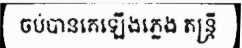
ចប់បានគេឡើងភ្លេង តន្ត្រី